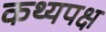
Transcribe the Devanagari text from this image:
कथ्यपक्ष